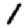
Digit: 1